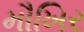
મૌખિર